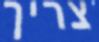
צריך